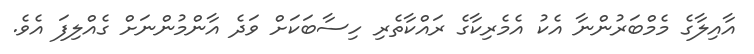
އާއިލާގެ މެމްބަރުންނާ އެކު އެމެރިކާގެ ރައްކާތެރި ހިސާބަކަށް ވަދެ އާންމުންނަށް ގެއްލިފަ އެވެ.